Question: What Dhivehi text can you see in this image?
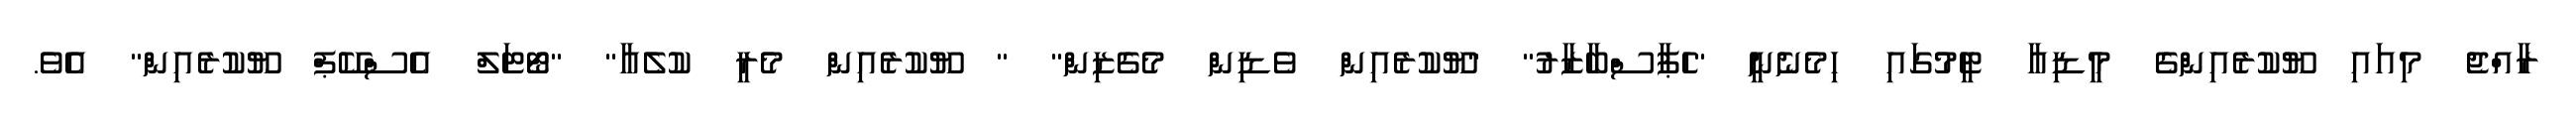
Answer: ރާއްޖެ މިއައި ޔޫކުރެއިންގެ މީޑިއާ ޓީމުގައި ހިމެނެނީ "ހެޕާސްބާޒާރު" "ޔޫކުރެއިން ވެޑިން މެގެޒިން" " ޔޫކުރެއިން މެރީ ކުލެއާ" "ޓޯޓަލް އެސްކޭޕް ޔޫކުރެއިން" އެވެ.